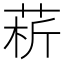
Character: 菥